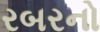
રબરનો